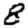
Digit: 8